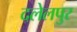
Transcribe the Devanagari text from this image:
दलेलपुर